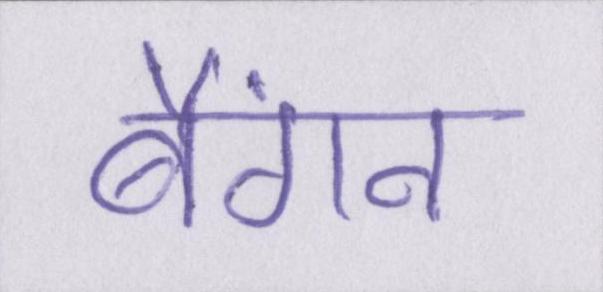
बैंगन